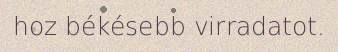
hoz békésebb virradatot.